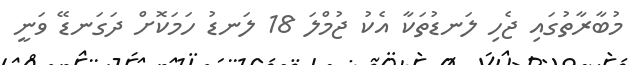
މުބާރާތުގައި ޖެހި ލަނޑުތަކާ އެކު ޖުމްލަ 18 ލަނޑު ހަމަކޮށް ދަގަނޑޭ ވަނީ